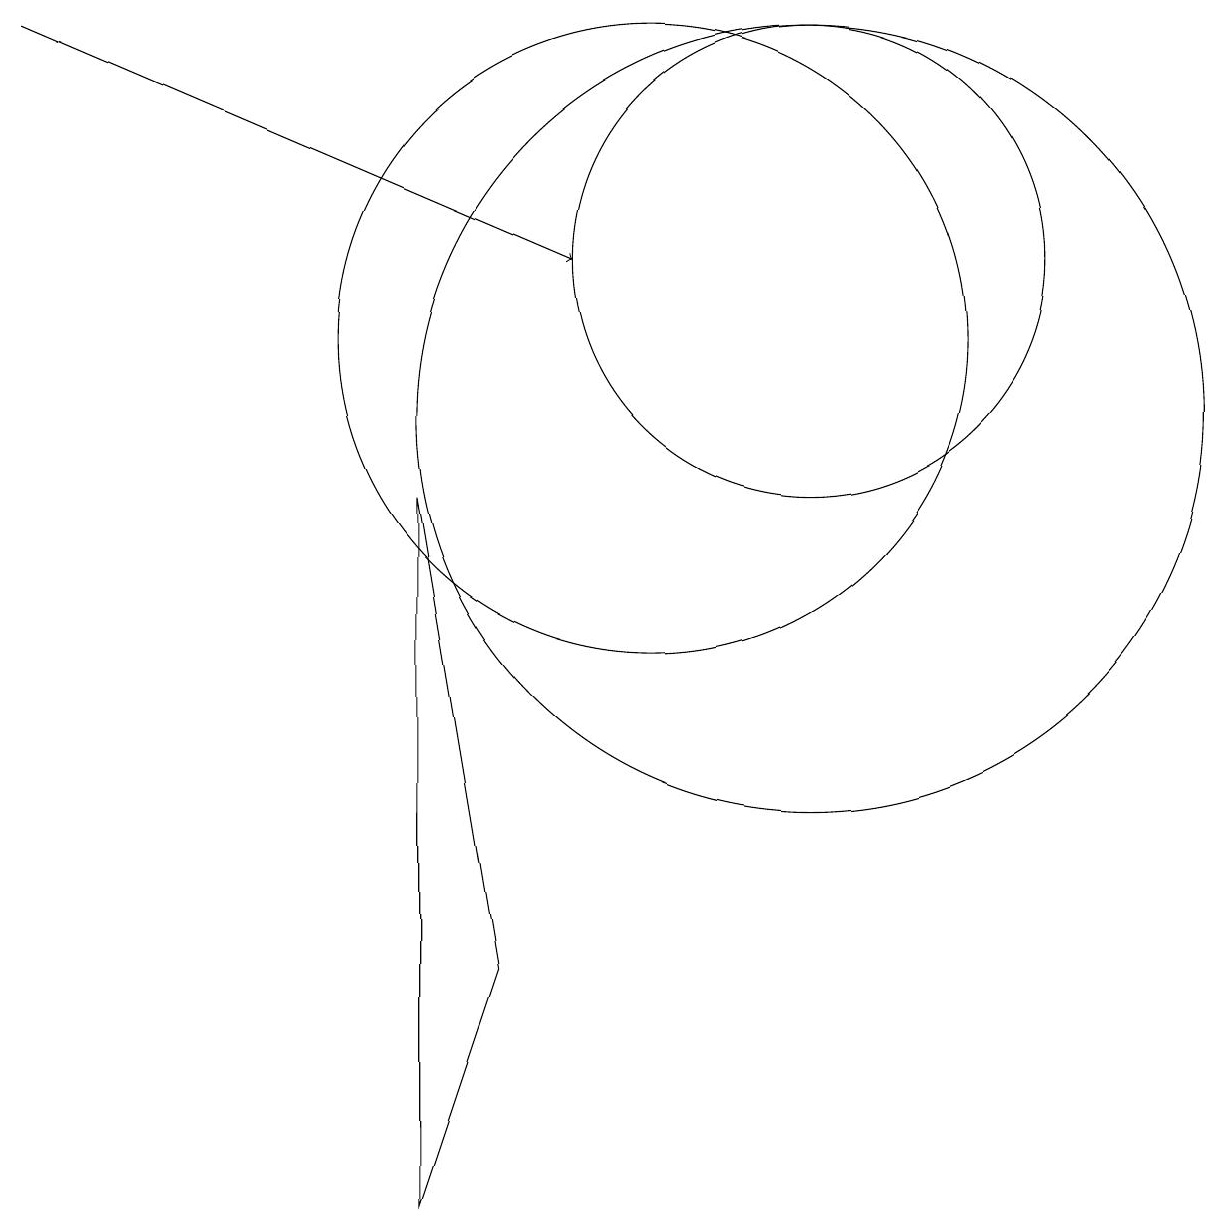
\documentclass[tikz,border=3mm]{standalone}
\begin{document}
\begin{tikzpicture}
\draw (12,10) circle (5);
\draw (7,0) -- (7,9) -- (8,3) -- cycle;
\draw[->] (2,15) -- (9,12);
\draw (10,11) circle (4);
\draw (12,12) circle (3);
\draw (7,1) -- (7,3) -- (7,5) -- cycle;
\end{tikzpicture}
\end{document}